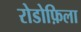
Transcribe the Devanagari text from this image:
रोडोफ़िला